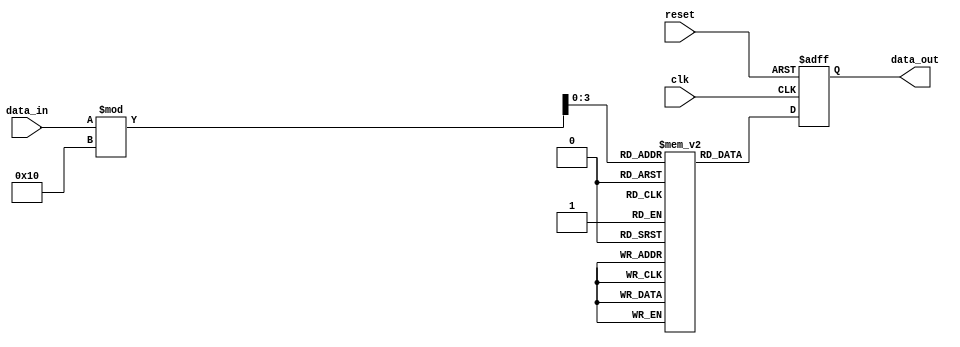
module param_focused_block #(
    parameter DATA_WIDTH = 8,      // Width of data signals
    parameter MEM_SIZE = 16,        // Size of internal memory
    parameter CLK_PERIOD = 10,       // Clock period
    parameter MODE = 0               // Operational mode (0 or 1)
)(
    input wire clk,                  // Clock input
    input wire reset,                // Asynchronous reset
    input wire [DATA_WIDTH-1:0] data_in, // Input data
    output reg [DATA_WIDTH-1:0] data_out // Output data
);

// Internal memory declaration
reg [DATA_WIDTH-1:0] memory [0:MEM_SIZE-1]; // Memory array
integer i; // Loop variable

// Initialize internal memory based on parameters
initial begin
    for (i = 0; i < MEM_SIZE; i = i + 1) begin
        memory[i] = i; // Simple initialization for demonstration
    end
    data_out = 0; // Initialize output
end

// Behavioral Logic
always @(posedge clk or posedge reset) begin
    if (reset) begin
        data_out <= 0; // Reset output
    end else begin
        case (MODE)
            0: begin
                // Mode 0: Simple operation, output data from memory
                data_out <= memory[data_in % MEM_SIZE]; // Output data based on input
            end
            1: begin
                // Mode 1: Invert the input data and output
                data_out <= ~data_in;
            end
            default: begin
                data_out <= 0; // Default case
            end
        endcase
    end
end

endmodule